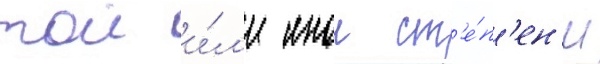
тои и́л'и инои ст'е́п'ен'и